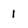
Character: 1